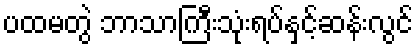
ပထမတွဲ ဘာသာကြီးသုံးရပ်နှင့်ဆန်းလွင်